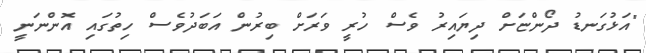
"އަޅުގަނޑު ދޯންޏަށް ދިޔައިރު ވެސް ހުރީ ވަރަށް ބިރުން އަބަދުވެސް ހިތުގައި އޮންނަނީ